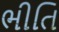
ભીતિ